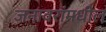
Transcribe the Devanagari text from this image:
जनावरांमधील